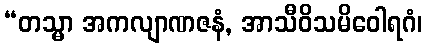
“တသ္မာ အကလျာဏဇနံ, အာသီဝိသမိဝေါရဂံ၊